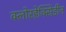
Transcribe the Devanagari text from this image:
क्लोरहेक्सिडीन